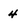
Character: 4